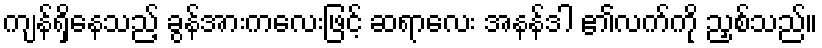
ကျန်ရှိနေသည့် ခွန်အားကလေးဖြင့် ဆရာလေး အနန်ဒါ ၏လက်ကို ညှစ်သည်။